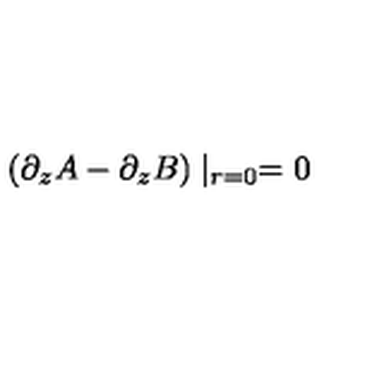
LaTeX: ( \partial _ { z } A - \partial _ { z } B ) \mid _ { r = 0 } = 0